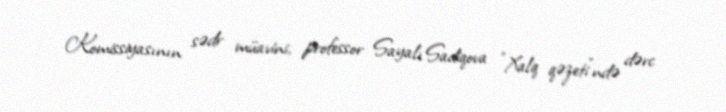
Komissiyasının sədr müavini, professor Sayalı Sadiqova "Xalq qəzeti"ndə dərc